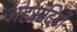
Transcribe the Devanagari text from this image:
अहमदियों